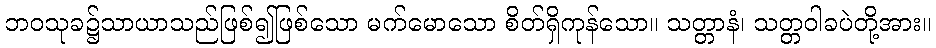
ဘဝသုခ၌သာယာသည်ဖြစ်၍ဖြစ်သော မက်မောသော စိတ်ရှိကုန်သော။ သတ္တာနံ၊ သတ္တဝါခပဲတို့အား။